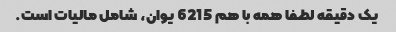
یک دقیقه لطفا همه با هم 6215 یوان، شامل مالیات است.